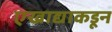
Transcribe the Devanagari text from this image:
एखाद्याकडून